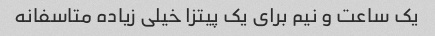
یک ساعت و نیم برای یک پیتزا خیلی زیاده متاسفانه